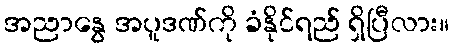
အညာနွေ အပူဒဏ်ကို ခံနိုင်ရည် ရှိပြီလား။